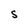
Character: S